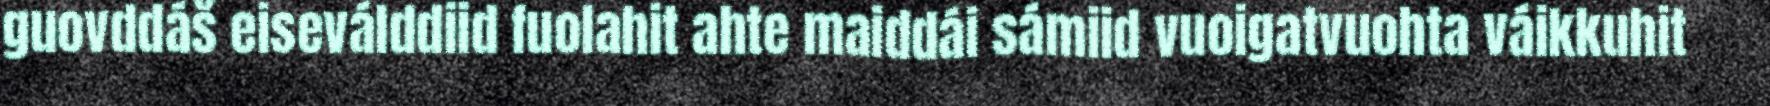
guovddáš eiseválddiid fuolahit ahte maiddái sámiid vuoigatvuohta váikkuhit